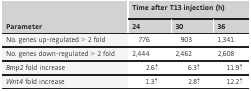
| <ROWSPAN=2> Parameter | <COLSPAN=3> Time after T13 injection (h) |
 | 24 | 30 | 36 |
 | --- | --- | --- | --- |
 | No. genes up‐regulated > 2 fold | 776 | 903 | 1,341 |
 | No. genes down‐regulated > 2 fold | 2,444 | 2,462 | 2,608 |
 | Bmp2 fold increase | 2.6↑ | 6.3↑ | 11.9↑ |
 | Wnt4 fold increase | 1.3↑ | 2.8↑ | 12.2↑ |